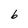
Character: b